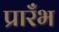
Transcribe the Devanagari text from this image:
प्रारँभ